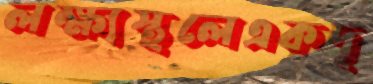
লক্ষ্যস্থলেএকদৃ